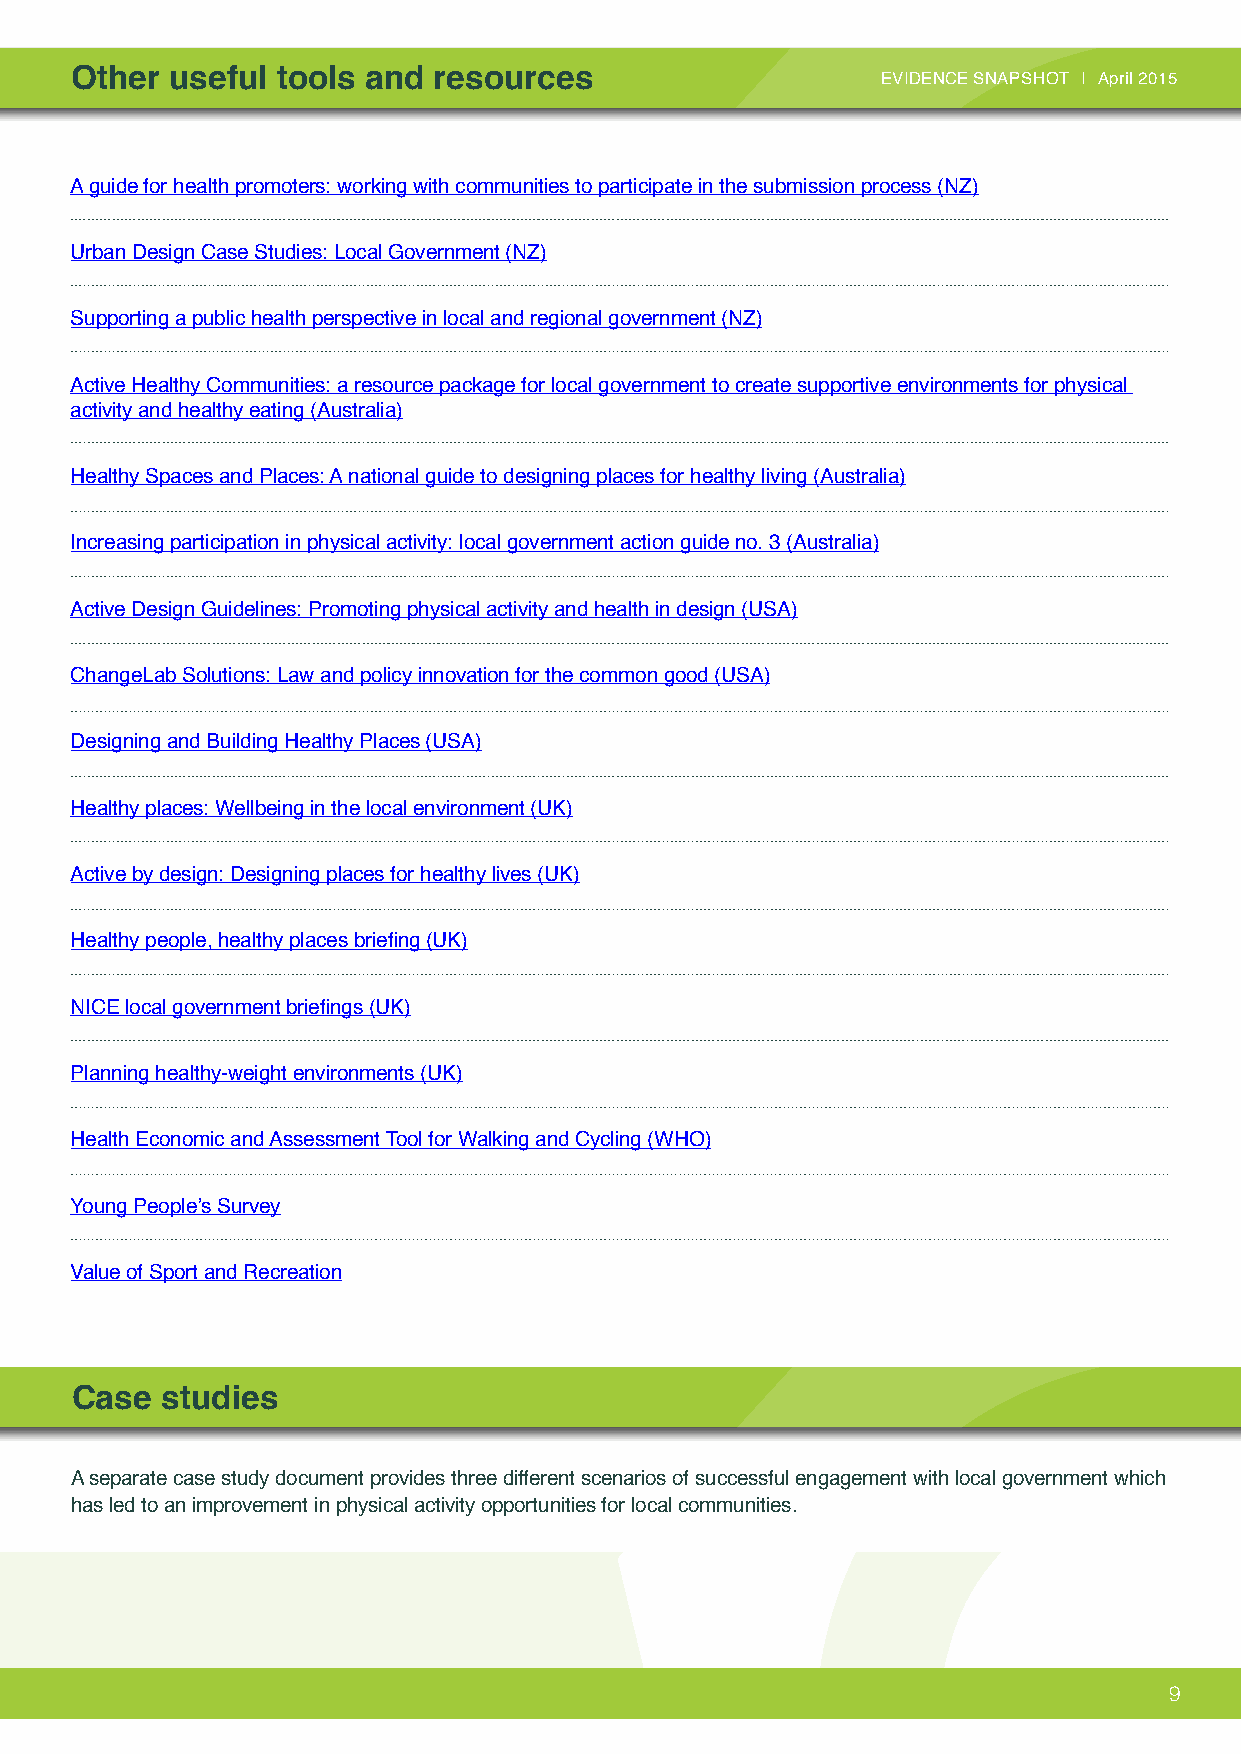
Other useful tools and  resources                    EVIDENCE SNAPSHOT April 2015
 A guide for health promoters: working with communities to participate in the submission process (NZ)
 Urban Design Case Studies: Local Government (NZ)
 Supporting a public health perspective in local and regional government (NZ)
 Active Healthy Communities: a resource package for local government to create supportive environments for physical
 activity and healthy eating (Australia)
 Healthy Spaces and Places: A national guide to designing places for healthy living (Australia)
 Increasing participation in physical activity: local government action guide no. 3 (Australia)
 Active Design Guidelines: Promoting physical activity and health in design (USA)
 ChangeLab Solutions: Law and policy innovation for the common good (USA)
 Designing and Building Healthy Places (USA)
 Healthy places: Wellbeing in the local environment (UK)
 Active by design: Designing places for healthy lives (UK)
 Healthy people, healthy places briefing (UK)
 NICE local government briefings (UK)
 Planning healthy-weight environments (UK)
 Health Economic and Assessment Tool for Walking and Cycling (WHO)
 Young People’s Survey
 Value of Sport and Recreation
 Case  studies
 A separate case study document provides three different scenarios of successful engagement with local government which
 has led to an improvement in physical activity opportunities for local communities.
 9